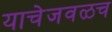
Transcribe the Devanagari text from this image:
याचेजवळच